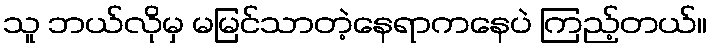
သူ ဘယ်လိုမှ မမြင်သာတဲ့နေရာကနေပဲ ကြည့်တယ်။